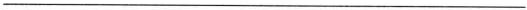
___